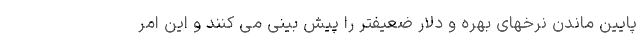
پایین ماندن نرخهای بهره و دلار ضعیفتر را پیش بینی می کنند و این امر